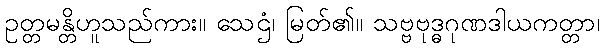
ဥတ္တမန္တိဟူသည်ကား။ သေဌံ၊ မြတ်၏။ သဗ္ဗဗုဒ္ဓဂုဏဒါယကတ္တာ၊